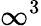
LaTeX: \infty^{3}